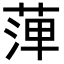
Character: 𦴝